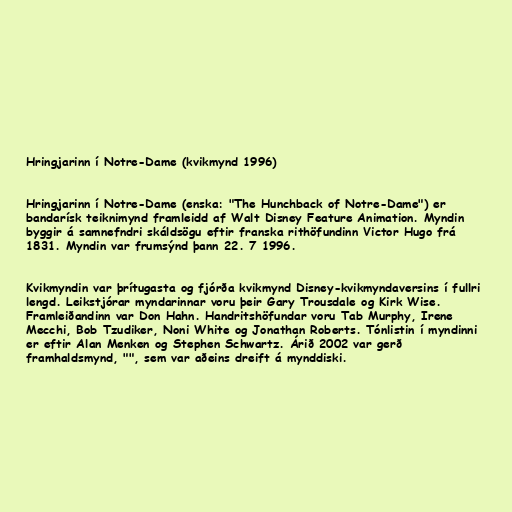
Hringjarinn í Notre-Dame (kvikmynd 1996)

Hringjarinn í Notre-Dame (enska: "The Hunchback of Notre-Dame") er
bandarísk teiknimynd framleidd af Walt Disney Feature Animation. Myndin
byggir á samnefndri skáldsögu eftir franska rithöfundinn Victor Hugo frá
1831. Myndin var frumsýnd þann 22. 7 1996.

Kvikmyndin var þrítugasta og fjórða kvikmynd Disney-kvikmyndaversins í fullri
lengd. Leikstjórar myndarinnar voru þeir Gary Trousdale og Kirk Wise.
Framleiðandinn var Don Hahn. Handritshöfundar voru Tab Murphy, Irene
Mecchi, Bob Tzudiker, Noni White og Jonathan Roberts. Tónlistin í myndinni
er eftir Alan Menken og Stephen Schwartz. Árið 2002 var gerð
framhaldsmynd, "", sem var aðeins dreift á mynddiski.